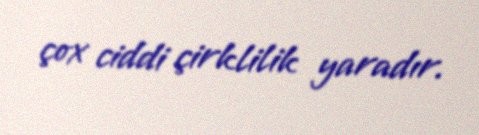
çox ciddi çirklilik yaradır.